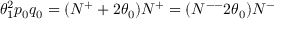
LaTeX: \theta _ { 1 } ^ { 2 } p _ { 0 } q _ { 0 } = ( N ^ { + } + 2 \theta _ { 0 } ) N ^ { + } = ( N ^ { -- } 2 \theta _ { 0 } ) N ^ { - }